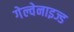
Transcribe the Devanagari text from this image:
गेल्वेनाइज्ड